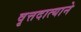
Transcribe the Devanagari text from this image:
वृत्तदात्याने